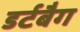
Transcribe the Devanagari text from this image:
डर्टबैग